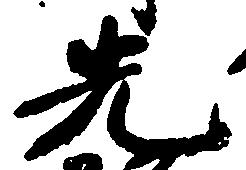
先